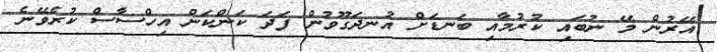
އޭރުން މޭ ނުބައި ކުރުމާއި ބަނޑަށް އުނދަގޫވުން ފަދަ ކަންކަން އިހްސާސް ކުރެވޭނެ